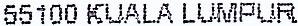
55100 KUALA LUMPUR